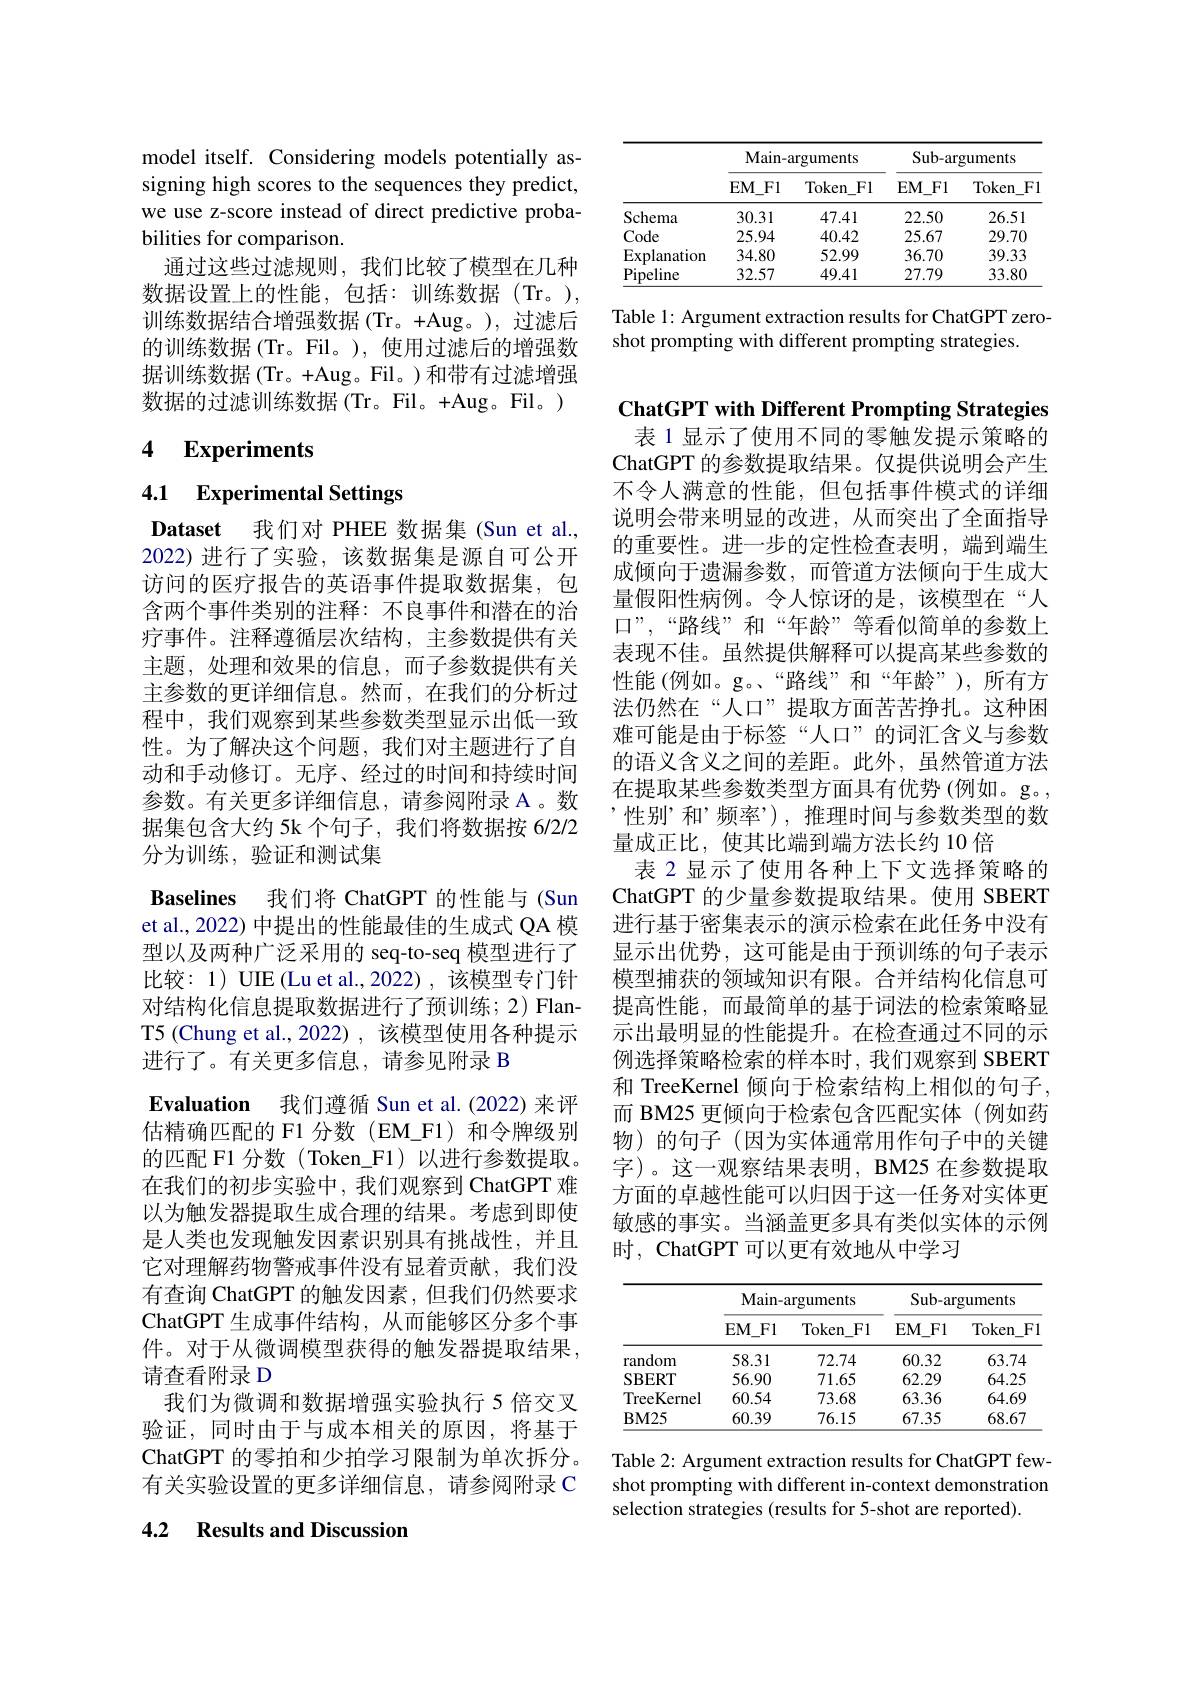
<table>
	<tbody>
		<tr>
			<th> </th>
			<th colspan="2">${\mathrm{Main-arguments}}$</th>
			<th colspan="2">Sub-arguments</th>
		</tr>
		<tr>
			<th> </th>
			<th>$EM\_Fl$</th>
			<th>Token $\_F1$</th>
			<th>EM$\_$Fl</th>
			<th>Token $F]$</th>
		</tr>
		<tr>
			<td>Schema</td>
			<td>30.31</td>
			<td>47.41</td>
			<td>22.50</td>
			<td>26.51</td>
		</tr>
		<tr>
			<td>Code</td>
			<td>25.94</td>
			<td>40.42</td>
			<td>25.67</td>
			<td>29.70</td>
		</tr>
		<tr>
			<td>Explanation</td>
			<td>34.80</td>
			<td>52.99</td>
			<td>36.70</td>
			<td>39.33</td>
		</tr>
		<tr>
			<td>Pipeline</td>
			<td>32.57</td>
			<td>49.41</td>
			<td>27.79</td>
			<td>33.80</td>
		</tr>
	</tbody>
</table>

Table 1: Argument extraction results for ChatGPT zero-
shot prompting with different prompting strategies.

model itself. Considering models potentially assigning high scores to the sequences they predict, we use z-score instead of direct predictive probabilities for comparison.
通过这些过滤规则，我们比较了模型在几种数据设置上的性能，包括：训练数据(Tr。), 训练数据结合增强数据(Tr。+Aug。),过滤后的训练数据(Tr。Fil。),使用过滤后的增强数据训练数据(Tr。+Aug。Fil。)和带有过滤增强数据的过滤训练数据(Tr。Fil。+Aug。Fil。)

# 4 Experiments

4.1 Experimental Settings

Dataset 我们对 PHEE 数据集 (Sun et al. 2022)进行了实验，该数据集是源自可公开访问的医疗报告的英语事件提取数据集，包含两个事件类别的注释：不良事件和潜在的治疗事件。注释遵循层次结构，主参数提供有关主题，处理和效果的信息，而子参数提供有关主参数的更详细信息。然而，在我们的分析过程中，我们观察到某些参数类型显示出低一致性。为了解决这个问题，我们对主题进行了自动和手动修订。无序、经过的时间和持续时间参数。有关更多详细信息，请参阅附录 A 。数据集包含大约 5k 个句子，我们将数据按 6/2/2分为训练，验证和测试集
Baselines 我们将 ChatGPT 的性能与 (Sun et al., 2022) 中提出的性能最佳的生成式 QA 模型以及两种广泛采用的 seq-to-seq 模型进行了比较：1)UIE(Lu et al.,2022),该模型专门针对结构化信息提取数据进行了预训练；2) FlanT5 (Chung et al., 2022) , 该模型使用各种提示进行了。有关更多信息，请参见附录 B
$\textbf{Evaluation 我 们 遵 循 Sun et al. ( 2022) 来 评 }$ 估精确匹配的 F1 分数 (EM\_F1) 和令牌级别的匹配 F1 分数( Token\_F1)以进行参数提取。在我们的初步实验中，我们观察到 ChatGPT 难以为触发器提取生成合理的结果。考虑到即使是人类也发现触发因素识别具有挑战性，并且它对理解药物警戒事件没有显着贡献，我们没有查询 ChatGPT 的触发因素，但我们仍然要求ChatGPT 生成事件结构，从而能够区分多个事件。对于从微调模型获得的触发器提取结果， 请查看附录 D
我们为微调和数据增强实验执行 5 倍交叉验证，同时由于与成本相关的原因，将基于ChatGPT 的零拍和少拍学习限制为单次拆分。有关实验设置的更多详细信息，请参阅附录 C

## 4.2 Results and Discussion

ChatGPT with Different Prompting Strategies 表 1 显示了使用不同的零触发提示策略的
ChatGPT 的参数提取结果。仅提供说明会产生不令人满意的性能，但包括事件模式的详细说明会带来明显的改进，从而突出了全面指导的重要性。进一步的定性检查表明，端到端生成倾向于遗漏参数，而管道方法倾向于生成大量假阳性病例。令人惊讶的是，该模型在“人口”,“路线”和“年龄”等看似简单的参数上表现不佳。虽然提供解释可以提高某些参数的性能(例如。g。“路线”和“年龄”),所有方法仍然在“人口”提取方面苦苦挣扎。这种困难可能是由于标签“人口”的词汇含义与参数的语义含义之间的差距。此外，虽然管道方法在提取某些参数类型方面具有优势(例如。g。, ,性别”和’频率’),推理时间与参数类型的数量成正比，使其比端到端方法长约10倍
表 2 显示了使用各种上下文选择策略的ChatGPT 的少量参数提取结果。使用 SBERT 进行基于密集表示的演示检索在此任务中没有显示出优势，这可能是由于预训练的句子表示模型捕获的领域知识有限。合并结构化信息可提高性能，而最简单的基于词法的检索策略显示出最明显的性能提升。在检查通过不同的示例选择策略检索的样本时，我们观察到 SBERT 和 TreeKernel 倾向于检索结构上相似的句子， 而 BM25 更倾向于检索包含匹配实体 (例如药物)的句子(因为实体通常用作句子中的关键字)。这一观察结果表明，BM25 在参数提取方面的卓越性能可以归因于这一任务对实体更敏感的事实。当涵盖更多具有类似实体的示例时，ChatGPT 可以更有效地从中学习

<table>
	<tbody>
		<tr>
			<th> </th>
			<th colspan="2">Main-arguments</th>
			<th colspan="2">Sub-arguments</th>
		</tr>
		<tr>
			<th> </th>
			<th>EM$\_$F1</th>
			<th>Token $\_F1$ </th>
			<th>$EM\_F1$</th>
			<th>Token $F1$</th>
		</tr>
		<tr>
			<td>random</td>
			<td>58.31</td>
			<td>72.74</td>
			<td>60.32</td>
			<td>63.74</td>
		</tr>
		<tr>
			<td>SBERT</td>
			<td>56.90</td>
			<td>71.65</td>
			<td>62.29</td>
			<td>64.25</td>
		</tr>
		<tr>
			<td>TreeKernel</td>
			<td>60.54</td>
			<td>73.68</td>
			<td>63.36</td>
			<td>64.69</td>
		</tr>
		<tr>
			<td>$\mathbf{BM25}$</td>
			<td>60.39</td>
			<td>76.15</td>
			<td>67.35</td>
			<td>68.67</td>
		</tr>
	</tbody>
</table>

Table 2: Argument extraction results for ChatGPT fewshot prompting with different in-context demonstration selection strategies (results for 5-shot are reported).